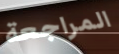
المراجعة